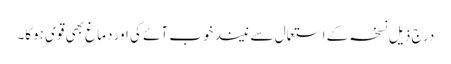
درج ذیل نسخہ کے استعمال سے نیند خوب آئے گی اور دماغ بھی قوی ہوگا۔